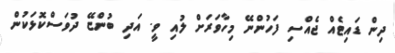
ދިން ޑައިޓެއް ޖެއްސި ފަހުންނޭ މިހާވަރަށް ލުއި ވީ. އަދި ބުންޏޭ ދުވަސްކޮޅަކުން